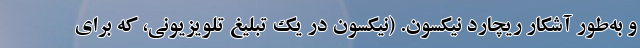
و به‌طور آشکار ریچارد نیکسون. (نیکسون در یک تبلیغ تلویزیونی، که برای